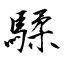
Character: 騥